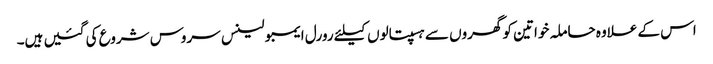
اس کے علاوہ حاملہ خواتین کو گھروں سے ہسپتالوں کیلئے رورل ایمبولینس سروس شروع کی گئیں ہیں۔